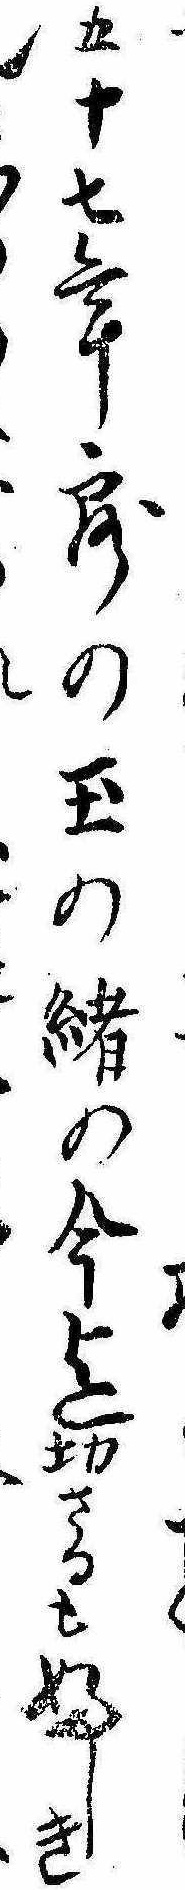
五十七年露の玉の緒の今迄切さるもふしき